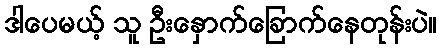
ဒါပေမယ့် သူ ဦးနှောက်ခြောက်နေတုန်းပဲ။